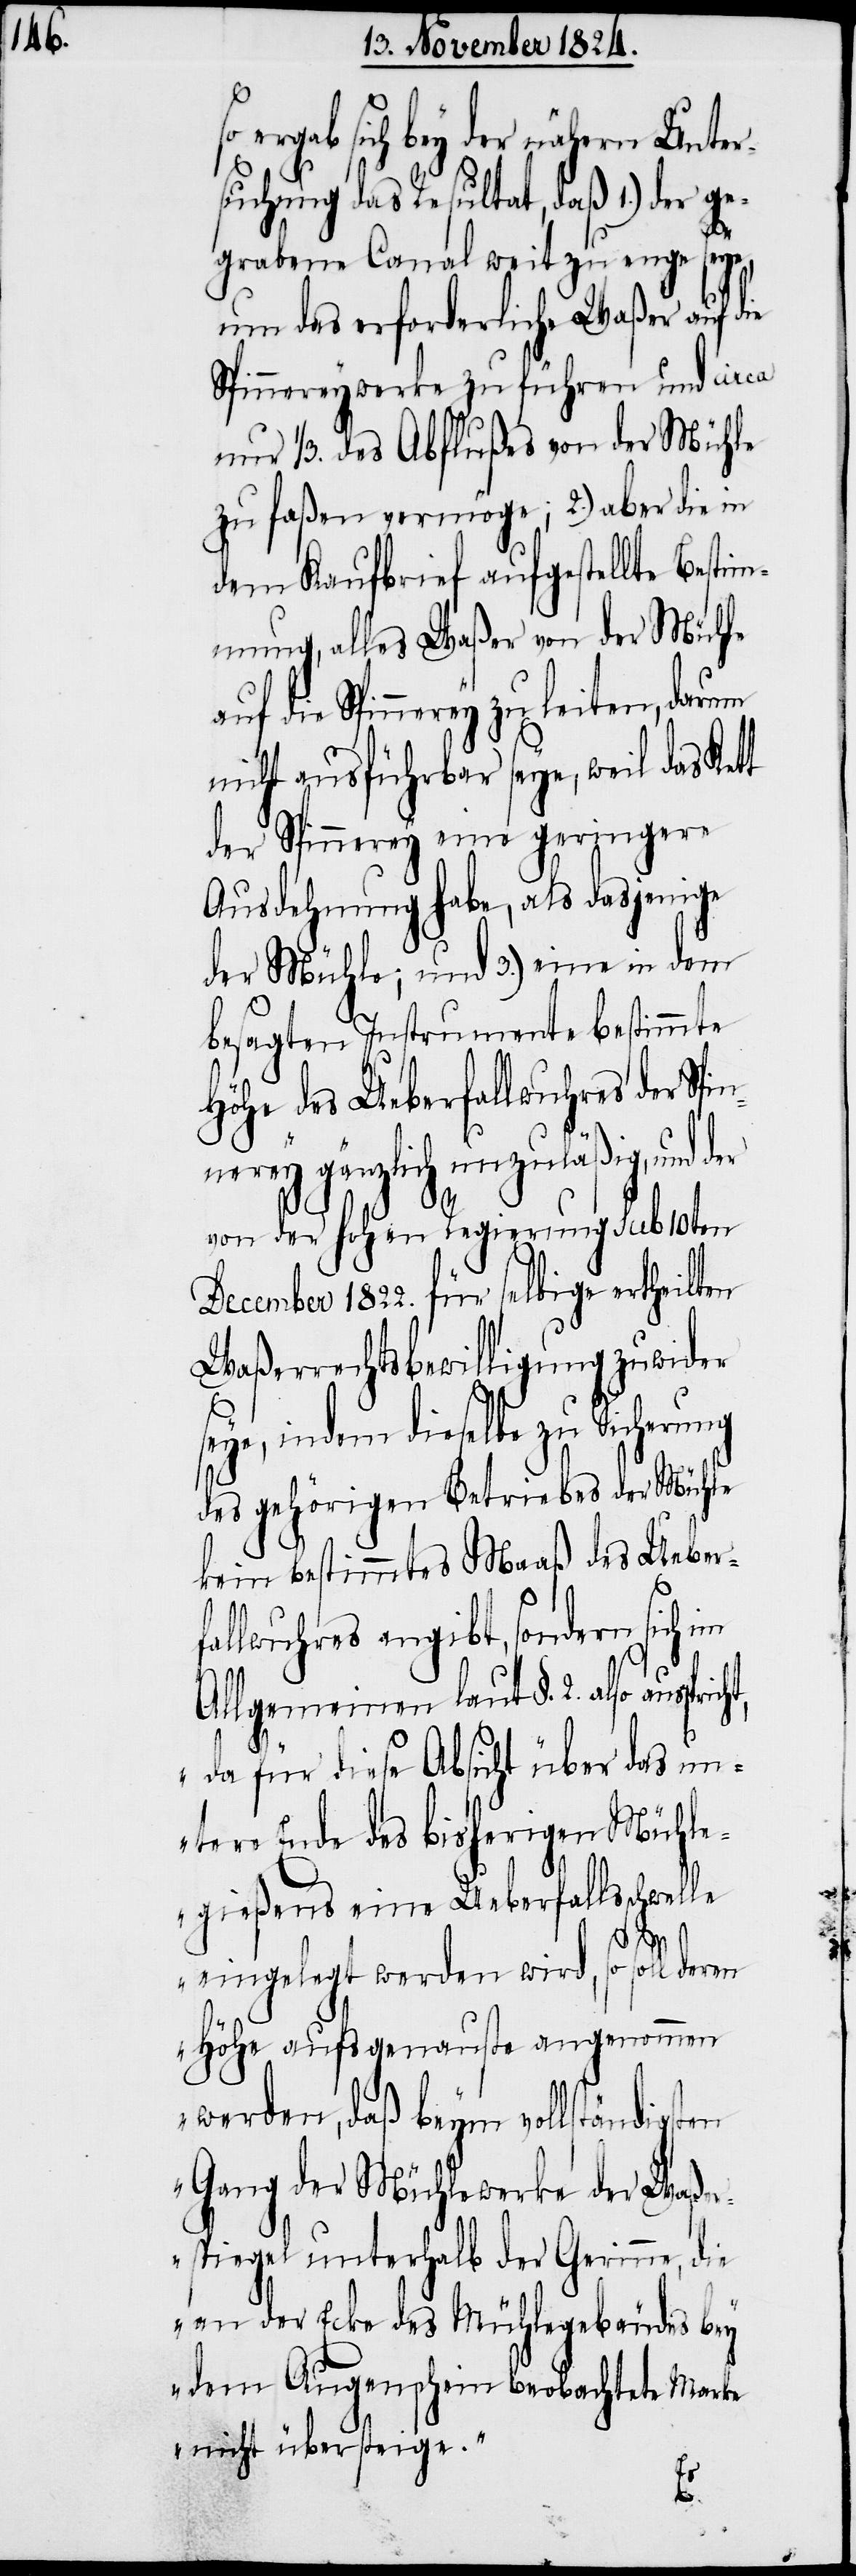
ergab sich bey der nähern Unter¬
suchung das Resultat, daß 1.) der ge¬
grabene Canal weit zu enge seye,
um das erforderliche Waßer auf die
Spinnereywerke zu führen und circa
nur 1/3. des Abflußes von der Mühle
zu faßen vermöge; 2.) aber die in
dem Kaufbrief aufgestellte Bestim¬
mung, alles Waßer von der Mühle
die Spinnerey zu leiten, darum
nicht ausführbar seye, weil das Kett
der Spinnerey eine geringere
Ausdehnung habe, als dasjenige
der Mühle; und 3.) eine in dem
besagten Instrumente bestimmte
Höhe des Ueberfallswuhres der Spi¬
nnerey gänzlich unzuläßig, und der
von der hohen Regierung sub 10ten
December 1822. für selbige ertheilten
Waßerrechtsbewilligung zuwider
indem dieselbe zu Sicherung
des gehörigen Betriebes der Mühle
kein bestimmtes Maaß des Ueberf¬
allwuhres angibt, sondern sich
Allgemeinen laut §. 2. also
„da für diese Absicht über das un¬
tere Ende des bisherigen Mühle¬
gießens eine Ueberfallsschwelle
eingelegt werden wird, so soll deren
Höhe aufs genauste angenommen
werden, daß beym vollständigsten
Gang der Mühlewerke der Waße¬
rspiegel unterhalt der Gerinne, die
an der Ecke des Mühlegebäudes bey
dem Augenschein beobachtete Marke
nicht übersteige.“